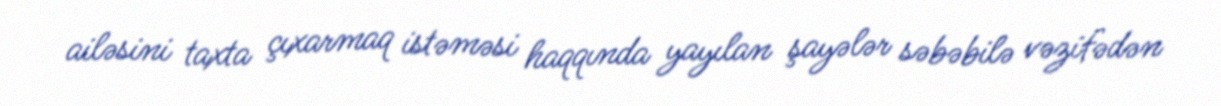
ailəsini taxta çıxarmaq istəməsi haqqında yayılan şayələr səbəbilə vəzifədən